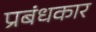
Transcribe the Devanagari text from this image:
प्रबंधकार